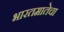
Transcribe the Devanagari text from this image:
भारतमातेचा